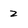
Character: z